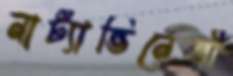
নাট্যাভিনেত্রী